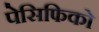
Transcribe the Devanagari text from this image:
पेसिफिको